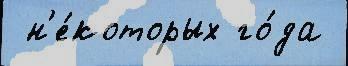
 н'е́которых го́да